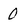
Character: 0